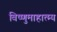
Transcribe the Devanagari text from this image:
विष्णुमाहात्म्य